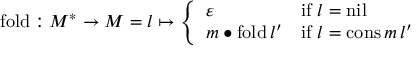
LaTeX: \mathrm { f o l d } : M ^ { * } \rightarrow M = l \mapsto { \left\{ \begin{array} { l l } { \varepsilon } & { { \mathrm { i f ~ } } l = \mathrm { n i l } } \\ { m \bullet \mathrm { f o l d } \, l ^ { \prime } } & { { \mathrm { i f ~ } } l = \mathrm { c o n s } \, m \, l ^ { \prime } } \end{array} \right. }